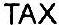
TAX